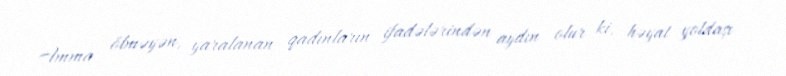
Amma ölməyən, yaralanan qadınların ifadələrindən aydın olur ki, həyat yoldaşı